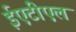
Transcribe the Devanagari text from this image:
ईएटीएल